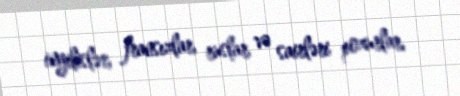
ingilislər, fransızlar, ruslar və sairləri pozurlar.